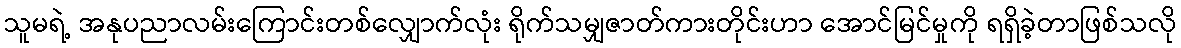
သူမရဲ့ အနုပညာလမ်းကြောင်းတစ်လျှောက်လုံး ရိုက်သမျှဇာတ်ကားတိုင်းဟာ အောင်မြင်မှုကို ရရှိခဲ့တာဖြစ်သလို